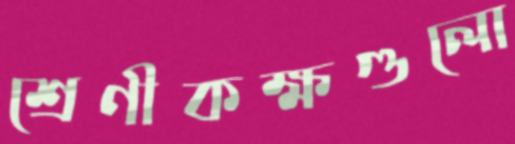
শ্রেণীকক্ষগুলো